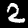
Label: 2